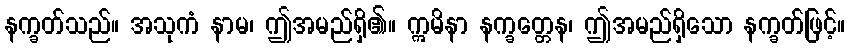
နက္ခတ်သည်။ အသုကံ နာမ၊ ဤအမည်ရှိ၏။ ဣမိနာ နက္ခတ္တေန၊ ဤအမည်ရှိသော နက္ခတ်ဖြင့်။